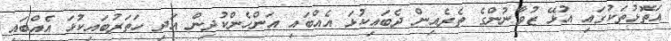
އަތޮޅުތަކުގައި އުޅޭ ޒުވާނުންގެ ތެރެއިން ދެބައިކުޅަ އެއްބައި އަންހެންކުދިން އަދި ހަތަރުބައިކުޅަ އެއްބައި